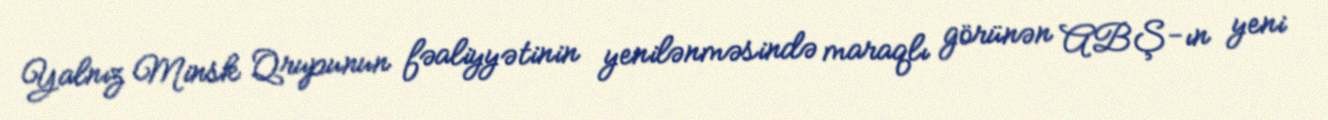
Yalnız Minsk Qrupunun fəaliyyətinin yenilənməsində maraqlı görünən ABŞ-ın yeni